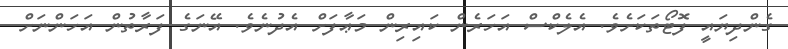
ގެންދިޔައީ ފޮޓޯތަކަށެވެ. އެލެކްސް އަހަރެން ކައިރިން މަޢާފަށް އެދުނެވެ. އޭނަގެ ފަރާތުން އަހަންނަށް